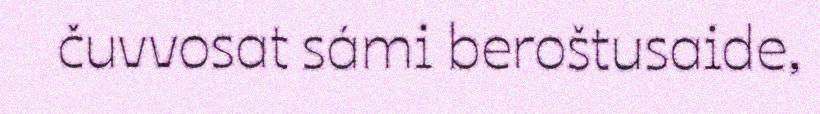
čuvvosat sámi beroštusaide,